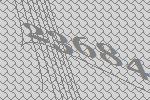
23684